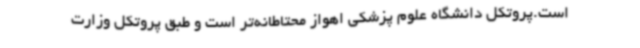
است.پروتکل دانشگاه علوم پزشکی اهواز محتاطانه‌تر است و طبق پروتکل وزارت